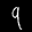
Label: 9